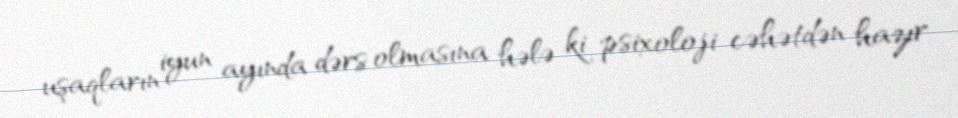
uşaqların iyun ayında dərs olmasına hələ ki psixoloji cəhətdən hazır